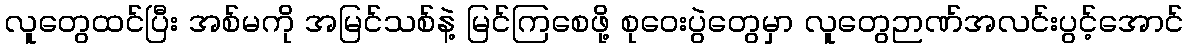
လူတွေထင်ပြီး အစ်မကို အမြင်သစ်နဲ့ မြင်ကြစေဖို့ စုဝေးပွဲတွေမှာ လူတွေဉာဏ်အလင်းပွင့်အောင်